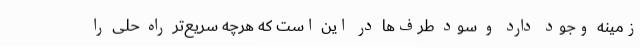
زمینه وجود دارد و سود طرف‌ها در این است که هرچه سریع‌تر راه حلی را